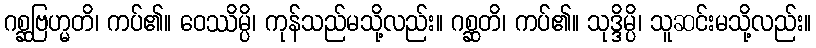
ဂစ္ဆဗြဟ္မတိ၊ ကပ်၏။ ဝေဿိမ္ပိ၊ ကုန်သည်မသို့လည်း။ ဂစ္ဆတိ၊ ကပ်၏။ သုဒ္ဒိမ္ပိ၊ သူဆင်းမသို့လည်း။